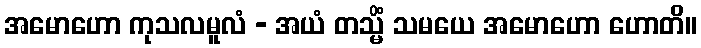
အမောဟော ကုသလမူလံ - အယံ တသ္မိံ သမယေ အမောဟော ဟောတိ။